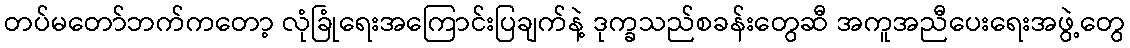
တပ်မတော်ဘက်ကတော့ လုံခြုံရေးအကြောင်းပြချက်နဲ့ ဒုက္ခသည်စခန်းတွေဆီ အကူအညီပေးရေးအဖွဲ့တွေ